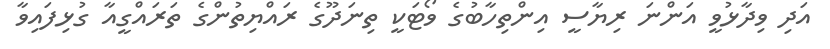
އަދި ވިދާޅުވީ އަންނަ ރިޔާސީ އިންތިހާބުގެ ވޯޓަކީ ތިނަދޫގެ ރައްޔިތުންގެ ތަރައްގީއާ ގުޅިފައިވާ